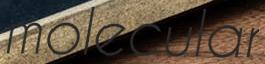
molecular